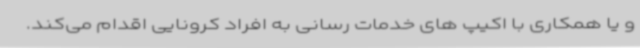
و یا همکاری با اکیپ های خدمات رسانی به افراد کرونایی اقدام می‌کند.